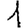
Digit: 1